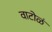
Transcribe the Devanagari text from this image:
वाटोळं